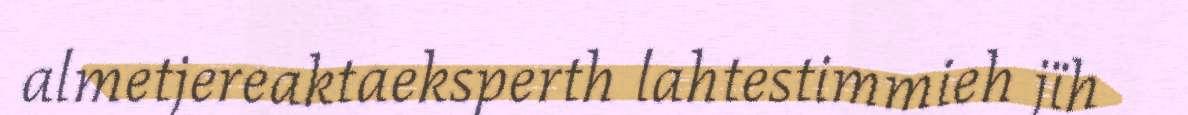
almetjereaktaeksperth lahtestimmieh jïh